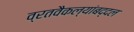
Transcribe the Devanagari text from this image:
व्रतवैकल्यांबद्दल